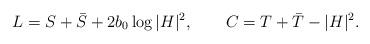
LaTeX: \begin{align*}L=S+\bar{S}+2b_0\log|H|^2,\qquad C=T+\bar{T}-|H|^2.\end{align*}